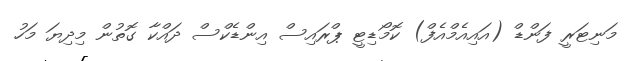
މަނިޓަރީ ފަންޑް (އައިއެމްއެފް) ކޮމޯޑިޓީ ޕްރައިސް އިންޑެކްސް ދައްކާ ގޮތުން މިދިޔަ މަހު